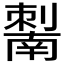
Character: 𰅆